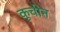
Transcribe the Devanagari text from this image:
कूचीन